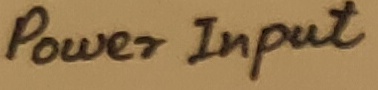
Text: Power Input